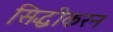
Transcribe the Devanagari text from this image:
सिद्धीकरन